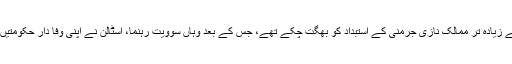
مشرقی یورپ کے زیادہ تر ممالک نازی جرمنی کے استبداد کو بُھگت چکے تھے، جس کے بعد وہاں سوویت رہنما، اسٹالن نے اپنی وفا دار حکومتیں قائم کر لی تھیں۔